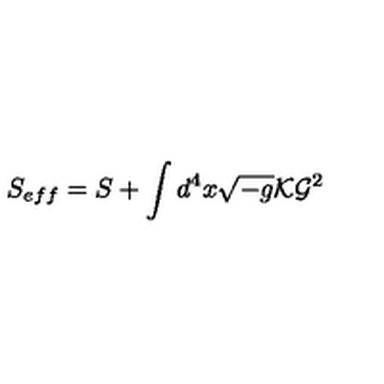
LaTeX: S _ { e f f } = S + \int d ^ { 4 } x \sqrt { - g } { \cal K } { \cal G } ^ { 2 }